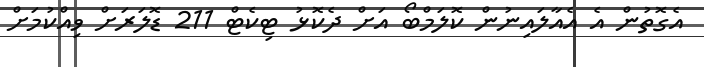
އެގޮތުން އެ އެއާލައިނުން ކޮލަމްބޯ އަށް ދެކޮޅު ޓިކެޓް 211 ޑޮލަރަށް ވިއްކުމަށް